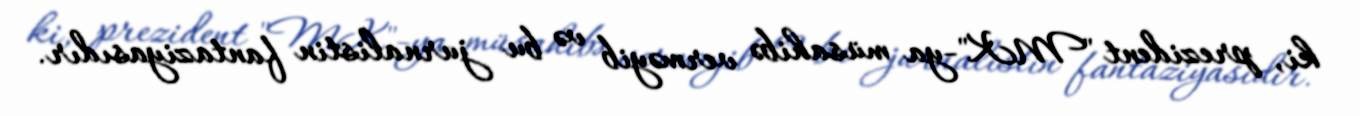
ki, prezident "MK"-ya müsahibə verməyib və bu jurnalistin fantaziyasıdır.